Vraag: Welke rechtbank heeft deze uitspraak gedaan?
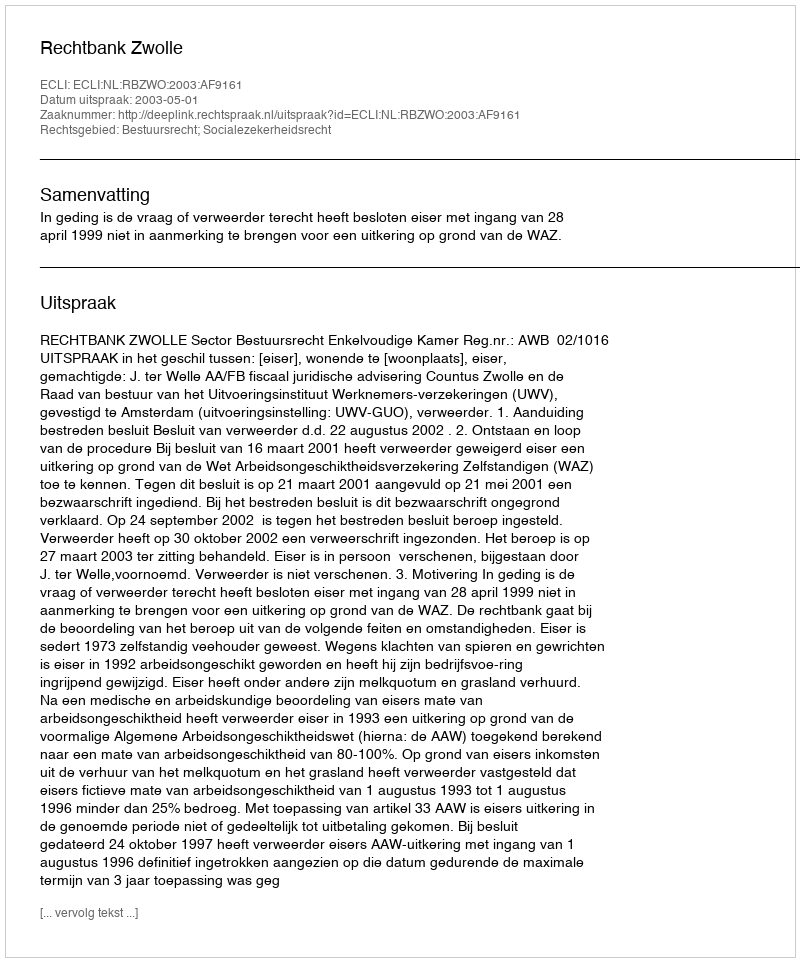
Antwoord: Rechtbank Zwolle